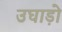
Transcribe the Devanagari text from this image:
उघाड़ो